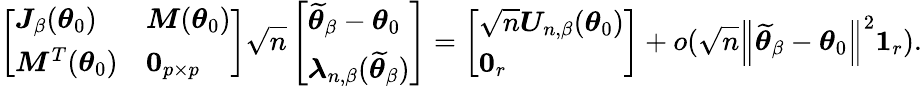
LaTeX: \left[\begin{array}{ll}{\boldsymbol{J}_{\beta}(\boldsymbol{\theta}_{0})}&{\boldsymbol{M}(\boldsymbol{\theta}_{0})}\\ {\boldsymbol{M}^{T}(\boldsymbol{\theta}_{0})}&{\boldsymbol{0}_{p\times p}}\end{array}\right]\sqrt{n}\left[\begin{array}{l}{\widetilde{\boldsymbol{\theta}}_{\beta}-\boldsymbol{\theta}_{0}}\\ {\boldsymbol{\lambda}_{n,\beta}(\widetilde{\boldsymbol{\theta}}_{\beta})}\end{array}\right]=\left[\begin{array}{l}{\sqrt{n}\boldsymbol{U}_{n,\beta}(\boldsymbol{\theta}_{0})}\\ {\boldsymbol{0}_{r}}\end{array}\right]+o(\sqrt{n}\left\Vert\widetilde{\boldsymbol{\theta}}_{\beta}-\boldsymbol{\theta}_{0}\right\Vert^{2}\boldsymbol{1}_{r}).